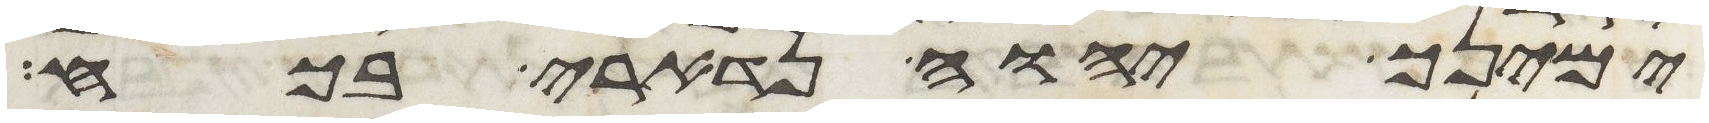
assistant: ימינך יהוה נדארי בכח